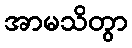
အာမသိတွာ